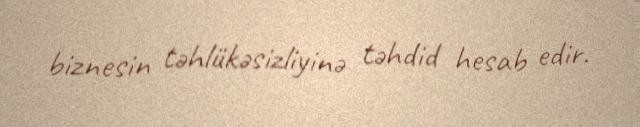
biznesin təhlükəsizliyinə təhdid hesab edir.